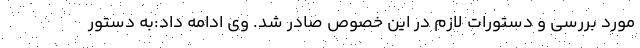
مورد بررسی و دستورات لازم در این خصوص صادر شد. وی ادامه داد:به دستور